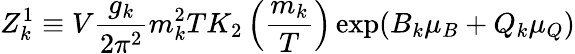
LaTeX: Z_{k}^{1}\equiv V{\frac{g_{k}}{2\pi^{2}}}m_{k}^{2}TK_{2}\left({\frac{m_{k}}{T}}\right)\exp(B_{k}\mu_{B}+Q_{k}\mu_{Q})